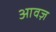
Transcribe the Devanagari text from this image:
आवज़